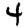
Digit: 4